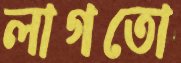
লাগতো